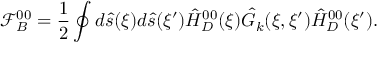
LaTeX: { \mathcal { F } _ { B } ^ { 0 0 } } = { \frac { 1 } { 2 } } \oint { d } \hat { s } ( \xi ) d \hat { s } ( \xi ^ { \prime } ) { \hat { H } _ { D } ^ { 0 0 } } ( \xi ) { \hat { G } _ { k } } ( \xi , \xi ^ { \prime } ) { \hat { H } _ { D } ^ { 0 0 } } ( \xi ^ { \prime } ) .